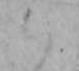
ハ